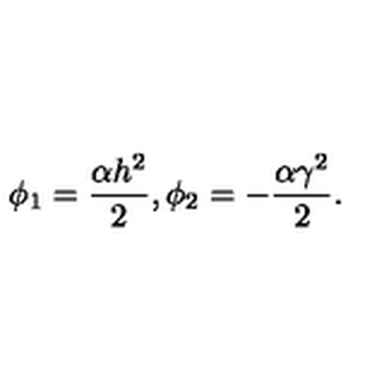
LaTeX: \phi _ { 1 } = \frac { \alpha h ^ { 2 } } { 2 } , \phi _ { 2 } = - \frac { \alpha \gamma ^ { 2 } } { 2 } .